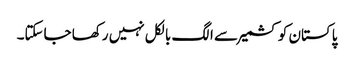
پاکستان کو کشمیر سے الگ بالکل نہیں رکھا جاسکتا۔